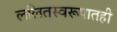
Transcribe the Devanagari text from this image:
ललितस्वरूपातही